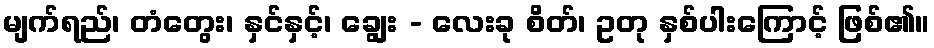
မျက်ရည်၊ တံတွေး၊ နှင်နှင့်၊ ချွေး - လေးခု စိတ်၊ ဥတု နှစ်ပါးကြောင့် ဖြစ်၏။